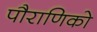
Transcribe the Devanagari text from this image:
पौराणिको